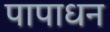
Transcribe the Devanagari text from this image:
पापाधन